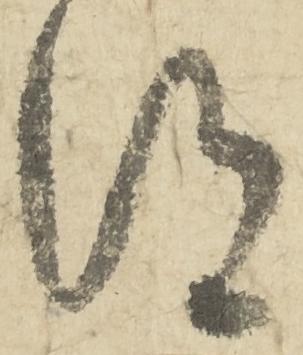
得